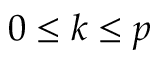
0 \leq k \leq p